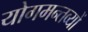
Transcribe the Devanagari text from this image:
योगमन्तव्यों